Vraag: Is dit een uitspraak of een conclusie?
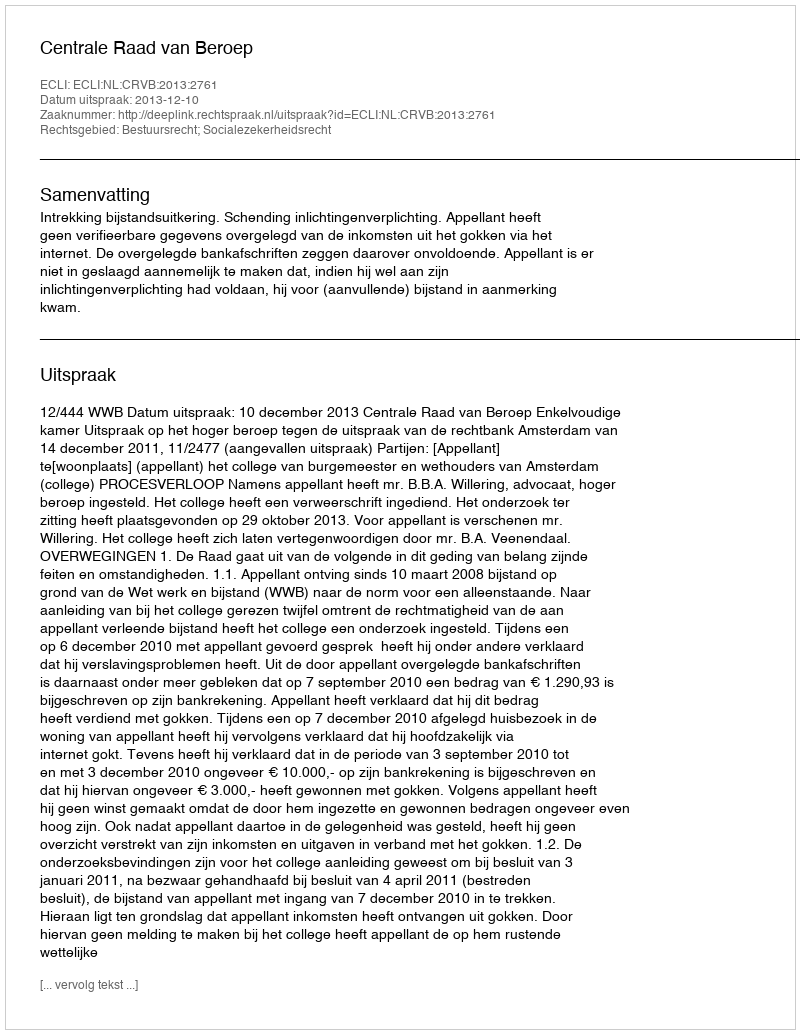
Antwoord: Uitspraak